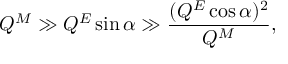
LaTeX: Q ^ { M } \gg Q ^ { E } \sin \alpha \gg \frac { ( Q ^ { E } \cos \alpha ) ^ { 2 } } { Q ^ { M } } ,